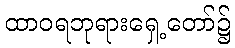
ထာဝရဘုရားရှေ့တော်၌